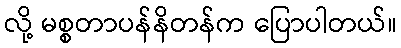
လို့ မစ္စတာပန်နိတန်က ပြောပါတယ်။